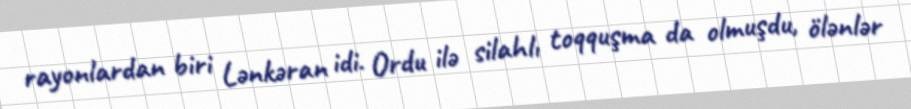
rayonlardan biri Lənkəran idi. Ordu ilə silahlı toqquşma da olmuşdu, ölənlər